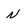
Character: N